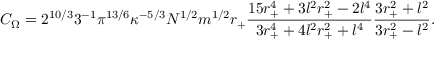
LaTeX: C _ { \Omega } = 2 ^ { 1 0 / 3 } 3 ^ { - 1 } \pi ^ { 1 3 / 6 } \kappa ^ { - 5 / 3 } N ^ { 1 / 2 } m ^ { 1 / 2 } r _ { + } \frac { 1 5 r _ { + } ^ { 4 } + 3 l ^ { 2 } r _ { + } ^ { 2 } - 2 l ^ { 4 } } { 3 r _ { + } ^ { 4 } + 4 l ^ { 2 } r _ { + } ^ { 2 } + l ^ { 4 } } \frac { 3 r _ { + } ^ { 2 } + l ^ { 2 } } { 3 r _ { + } ^ { 2 } - l ^ { 2 } } .